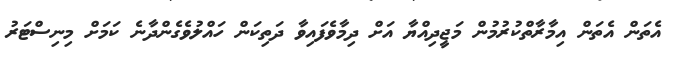
އެތަން އެތަން އިމާރާތްކުރުމުން މަޖީދިއްޔާ އަށް ދިމާވެފައިވާ ދަތިކަން ހައްލުވެގެންދާނެ ކަމަށް މިނިސްޓަރު